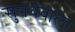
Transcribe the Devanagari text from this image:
सुगंधवाला